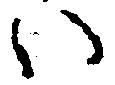
い